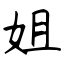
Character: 姐